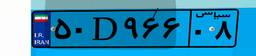
۵۰D۹۶۶۰۸